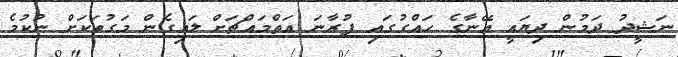
ނަޝީދު ދަމުން ދިޔައީ އޭނާގެ ހައްގުގައި ފުރާނަ އަތްމައްޗަށް ލައިގެން މަގުތަކަށް ނުކުމެ